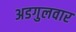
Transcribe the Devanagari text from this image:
अडगुलवार